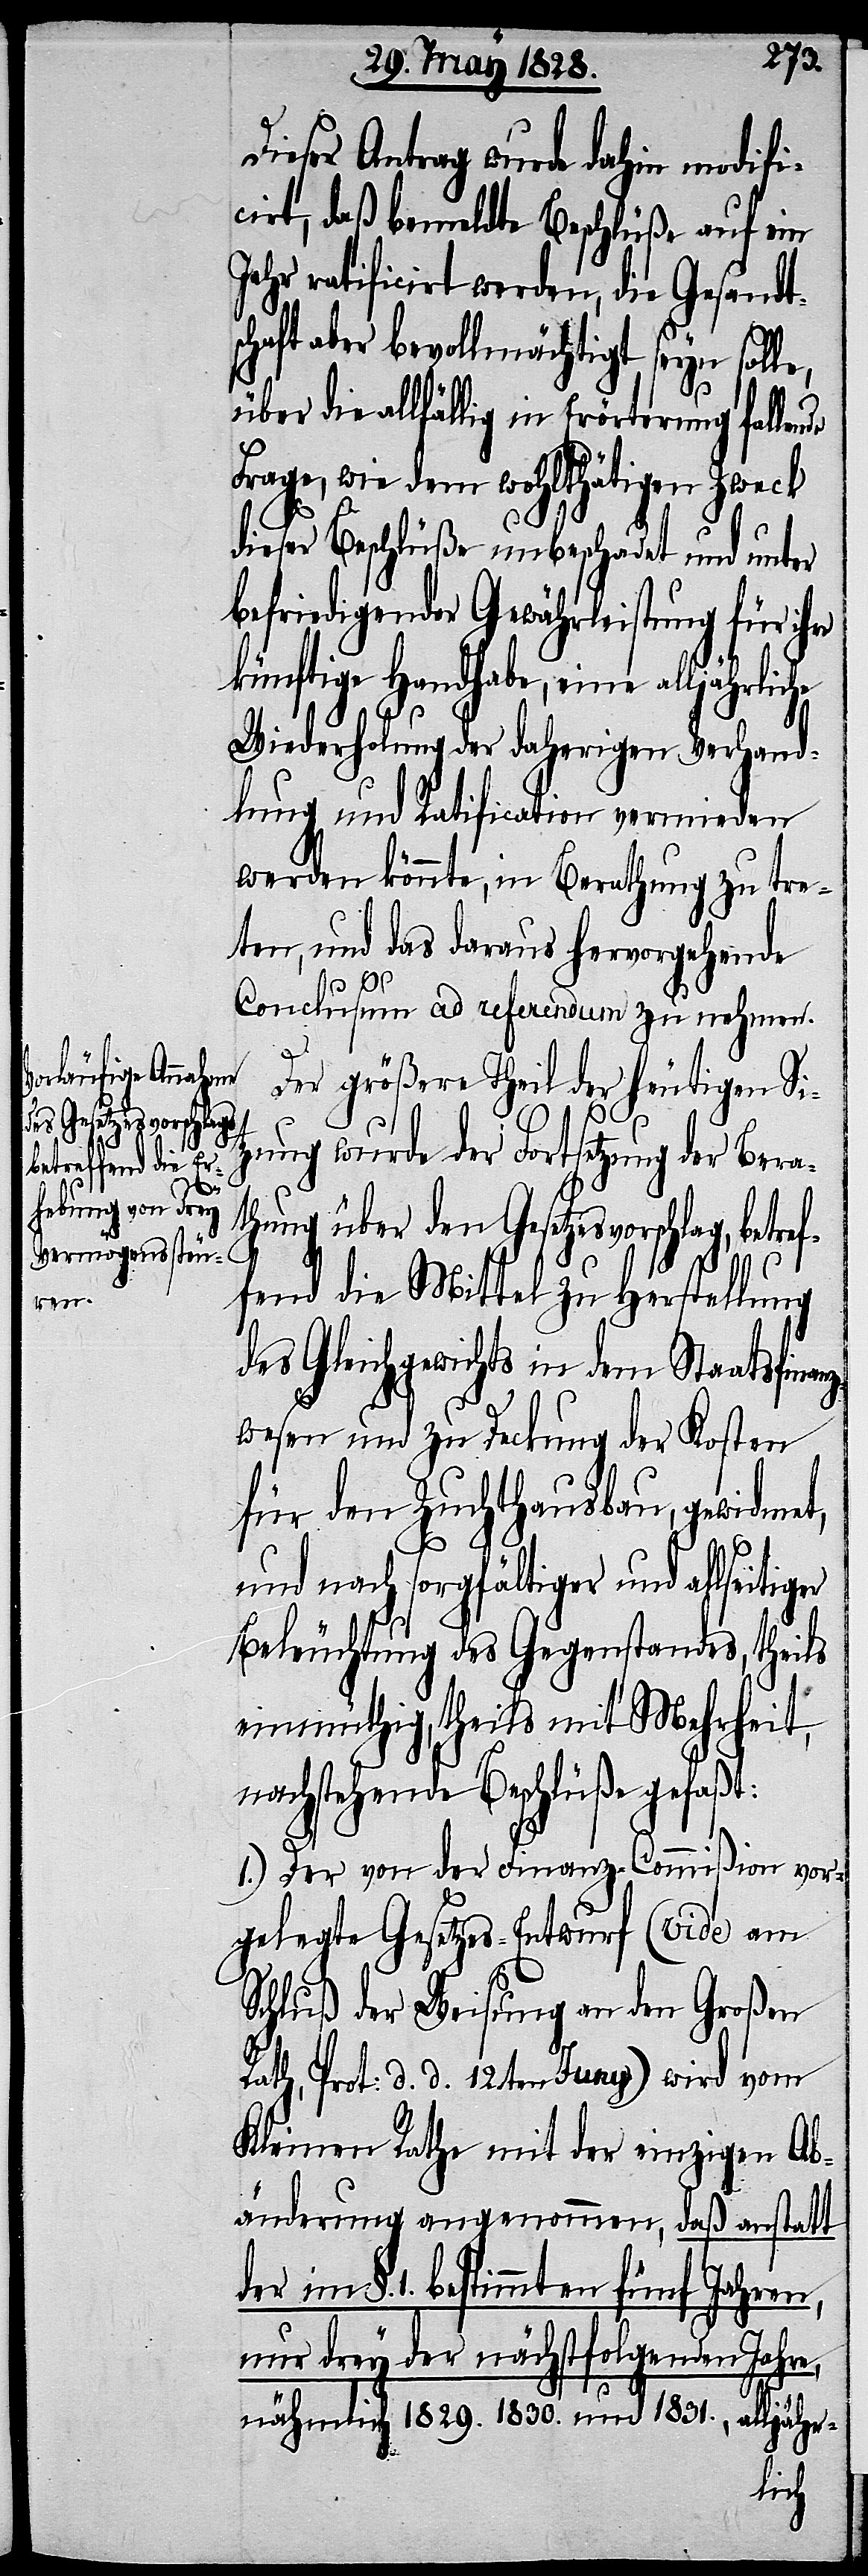
Dieser Antrag wurde dahin modifi¬
cirt, daß bemeldte Beschlüße auf ein
Jahr ratificirt werden, die Gesandts¬
chaft aber bevollmächtigt seyn solle,
über die allfällig in Erörterung fallende
Frage, wie dem wohlthätigen Zweck
dieser Beschlüße unbeschadet und unter
befriedigender Gewährleistung für ihre
künftige Handhabe, eine alljährliche
Wiederholung der daherigen Verhand¬
lung und Ratification vermieden
werden könnte, in Berathung zu tre¬
ten, und das daraus hervorgehende
Conclusum ad referendum zu nehmen.
Der größere Theil der heutigen Sit¬
zung wurde der Fortsetzung der Bera¬
thung über den Gesetzesvorschlag, betref¬
fend die Mittel zu Herstellung
des Gleichgewichts in dem Staatsfina¬
wesen und zu Deckung der Kosten
für den Zuchthausbau, gewidmet,
ger
und nach sorgfältiger und allseiti¬
Beleuchtung des Gegenstandes, theils
einmüthig, theils mit Mehrheit,
nachstehende Beschlüße gefaßt:
1.) Der von der Finanz-Commißion vor¬
gelegte Gesetzes-Entwurf (vide am
Schluß der Weisung an den Großen
Rath, Prot: d. d. 12ten Juny) wird vom
Kleinen Rathe mit der einzigen Ab¬
änderung angenommen, daß anstatt
im §. 1. bestimmten fünf Jahre,
nur drey der nächstfolgenden Jahre,
nähmlich 1829. 1830. und 1831.,
alljähr-